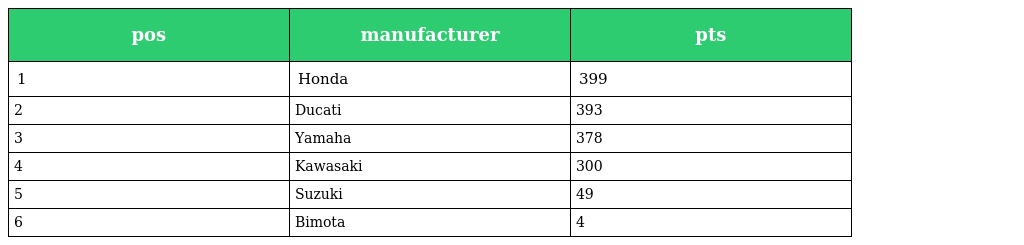
| pos | manufacturer | pts |
 | --- | --- | --- |
 | 1 | Honda | 399 |
 | 2 | Ducati | 393 |
 | 3 | Yamaha | 378 |
 | 4 | Kawasaki | 300 |
 | 5 | Suzuki | 49 |
 | 6 | Bimota | 4 |